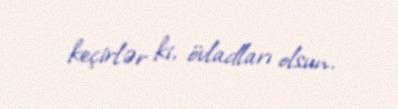
keçirlər ki, övladları olsun.